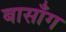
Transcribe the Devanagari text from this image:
बासाँग